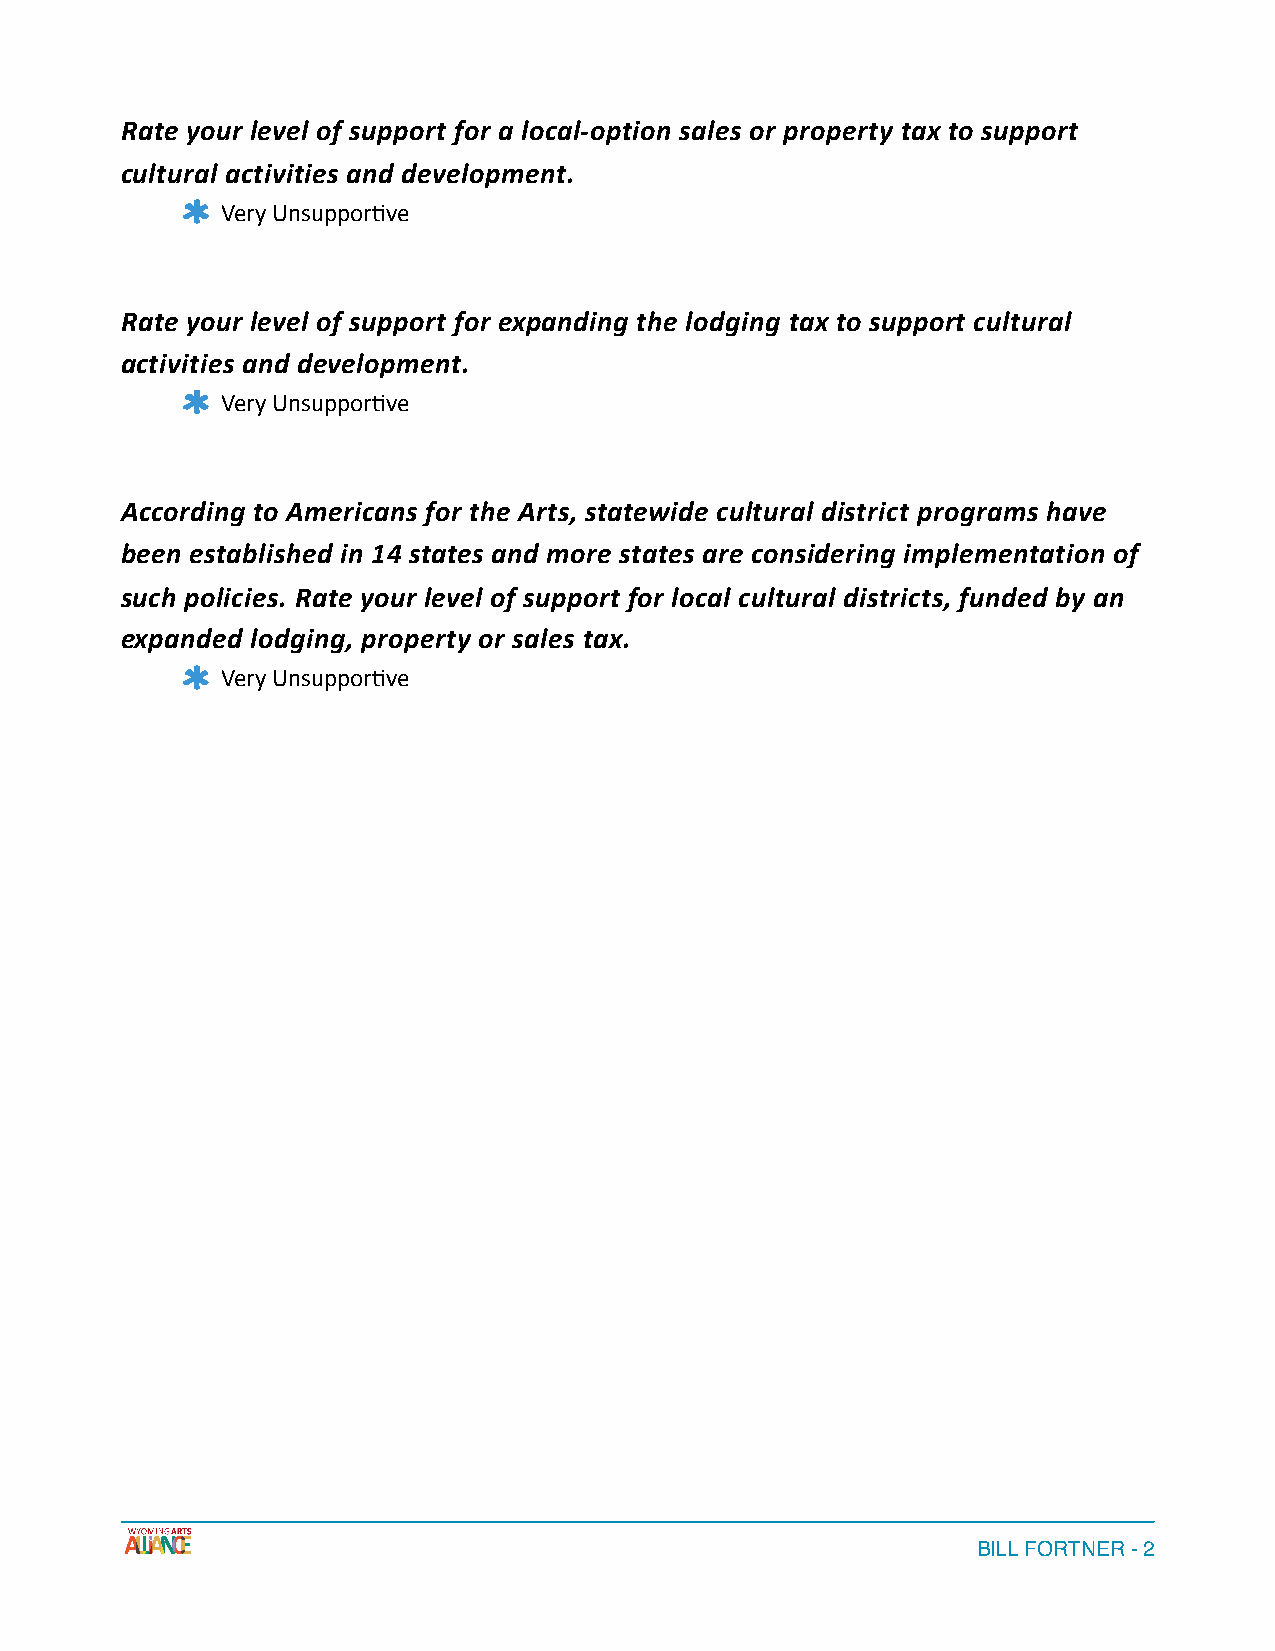
Rate your level of support for a local-option sales or property tax to support
 cultural activities and development.
 Very Unsuppor$ve
 Rate your level of support for expanding the lodging tax to support cultural
 activities and development.
 Very Unsuppor$ve
 According to Americans for the Arts, statewide cultural district programs have
 been established in 14 states and more states are considering implementation of
 such policies. Rate your level of support for local cultural districts, funded by an
 expanded lodging, property or sales tax.
 Very Unsuppor$ve
 BILL FORTNER - 2